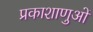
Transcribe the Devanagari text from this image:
प्रकाशाणुओं